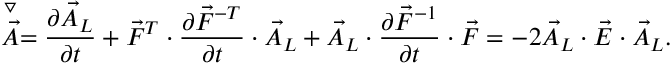
\stackrel { \triangledown } { \vec { A } } = \frac { \partial \vec { A } _ { L } } { \partial t } + \vec { F } ^ { T } \cdot \frac { \partial \vec { F } ^ { - T } } { \partial t } \cdot \vec { A } _ { L } + \vec { A } _ { L } \cdot \frac { \partial \vec { F } ^ { - 1 } } { \partial t } \cdot \vec { F } = - 2 \vec { A } _ { L } \cdot \vec { E } \cdot \vec { A } _ { L } .